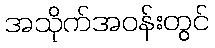
အသိုက်အဝန်းတွင်